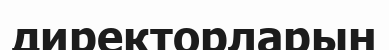
директорларын